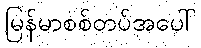
မြန်မာစစ်တပ်အပေါ်